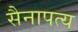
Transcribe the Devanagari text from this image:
सैनापत्य